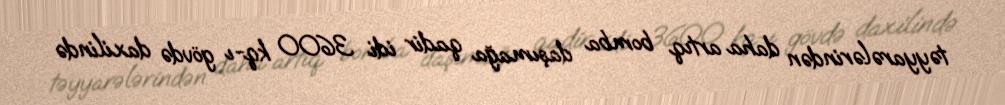
təyyarələrindən daha artıq bomba daşımağa qadir idi. 3600 kq-ı gövdə daxilində